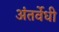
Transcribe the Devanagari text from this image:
अंतर्वेधी